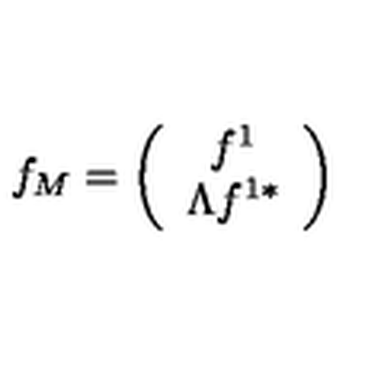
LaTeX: f _ { M } = \left( \begin{array} { c } { f ^ { 1 } } \\ { \Lambda f ^ { 1 * } } \\ \end{array} \right)